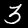
Digit: 3